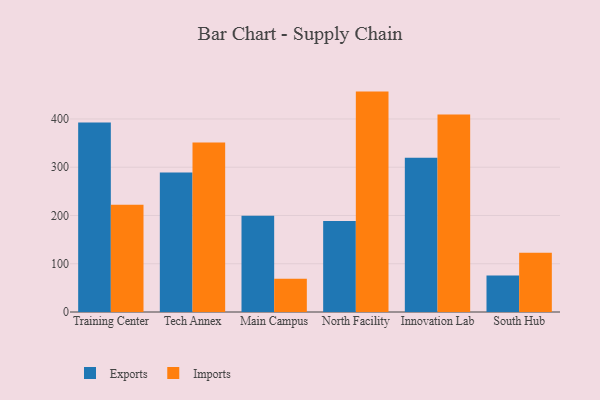
{"axis": {"x": "Campus", "y": "Headcount"}, "legend": ["Exports", "Imports"], "data": [{"x": "Training Center", "y": 392.7, "type": "Exports"}, {"x": "Training Center", "y": 222.0, "type": "Imports"}, {"x": "Tech Annex", "y": 289.2, "type": "Exports"}, {"x": "Tech Annex", "y": 351.3, "type": "Imports"}, {"x": "Main Campus", "y": 199.6, "type": "Exports"}, {"x": "Main Campus", "y": 69.1, "type": "Imports"}, {"x": "North Facility", "y": 188.7, "type": "Exports"}, {"x": "North Facility", "y": 456.7, "type": "Imports"}, {"x": "Innovation Lab", "y": 319.6, "type": "Exports"}, {"x": "Innovation Lab", "y": 409.3, "type": "Imports"}, {"x": "South Hub", "y": 75.8, "type": "Exports"}, {"x": "South Hub", "y": 122.7, "type": "Imports"}]}